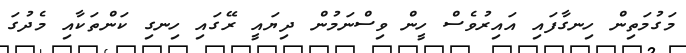
މަގުމަތިން ހިނގާފައި އައިރުވެސް ހީން ވިސްނަމުން ދިޔައީ ރޭގައި ހިނގި ކަންތަކާއި މެދުގަ